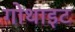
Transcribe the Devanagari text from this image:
गोथाइट